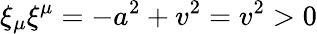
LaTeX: \xi_{\mu}\xi^{\mu}=-a^{2}+v^{2}=v^{2}>0